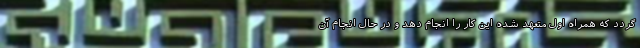
گردد که همراه اول متعهد شده این کار را انجام دهد و در حال انجام آن